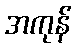
အကုန်